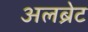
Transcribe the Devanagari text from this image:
अलब्रेट